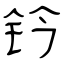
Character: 钤